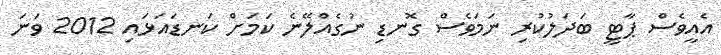
އެއީވެސް ޕާޓީ ބަދަލުކުރި ނަމަވެސް ގޮނޑި ނުގެއްލޭނެ ކަމަށް ކަނޑައަޅައި 2012 ވަނަ